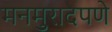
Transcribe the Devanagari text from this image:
मनमुरादपणे